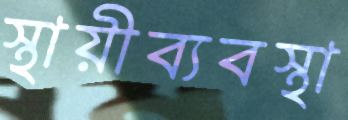
স্থায়ীব্যবস্থা